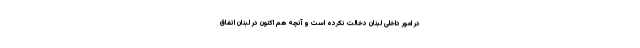
در امور داخلی لبنان دخالت نکرده است و آنچه هم اکنون در لبنان اتفاق